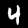
Digit: 4